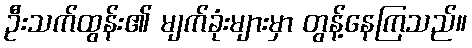
ဦးသက်ထွန်း၏ မျက်ခုံးများမှာ တွန့်နေကြသည်။